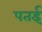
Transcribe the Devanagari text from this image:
पतई